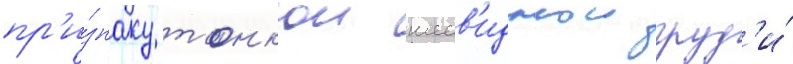
пр'и́знаку тонкои шеев'иднои груд'и́